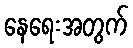
နေရေးအတွက်